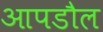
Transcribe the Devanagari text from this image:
आपडौल